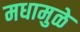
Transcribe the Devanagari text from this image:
मधामुळे